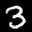
Label: 3